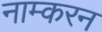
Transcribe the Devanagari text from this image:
नाम्करन